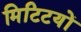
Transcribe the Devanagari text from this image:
मिटिटयों